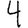
Digit: 4